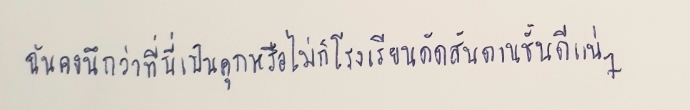
ฉันคงนึกว่าที่นี่เป็นคุกหรือไม่ก็โรงเรียนดัดสันดานชั้นดีแน่ๆ